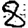
Digit: 8